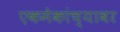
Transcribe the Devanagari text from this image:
एकमेकांच्यावर